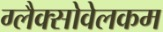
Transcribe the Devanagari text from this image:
ग्लैक्सोवेलकम